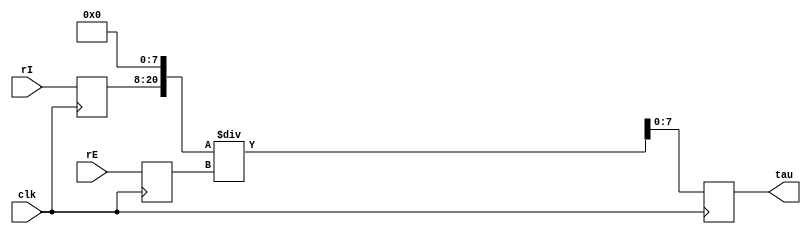
module tau_divisor(rI, rE, clk, tau);
input clk;
input [12:0] rI, rE;			// 512  4bit   21bits / 13bits
output [7:0] tau;	
reg [12:0] rI_reg, rE_reg;	
reg [10:0] tau_reg;			// 8bit
wire [20:0] rI_shift;

assign rI_shift = rI_reg<<8;
assign tau = tau_reg[7:0];

always@(posedge clk)
begin
	rI_reg <= rI;
	rE_reg <= rE;
	tau_reg <= rI_shift/rE_reg;
end
				
endmodule